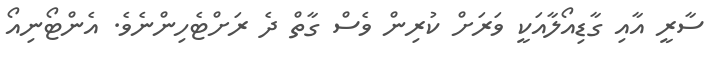
ސާރީ އާއި ގާޑިއޯލާއަކީ ވަރަށް ކުރިން ވެސް ގާތް ދެ ރަށްޓެހިންނެވެ. އެންޓޯނިއޯ